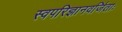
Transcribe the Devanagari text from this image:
स्वपरिज्ञानवर्जिताः